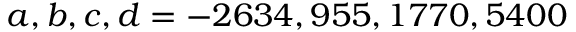
a , b , c , d = - 2 6 3 4 , 9 5 5 , 1 7 7 0 , 5 4 0 0